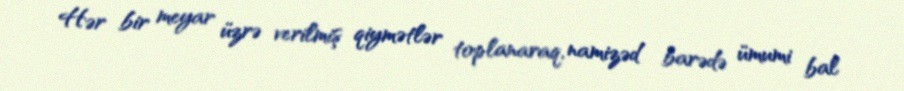
Hər bir meyar üzrə verilmiş qiymətlər toplanaraq, namizəd barədə ümumi bal